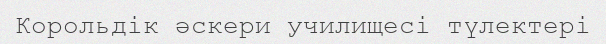
Корольдік әскери училищесі түлектері